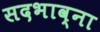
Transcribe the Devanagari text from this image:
सदभाव्ना